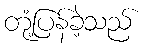
တုံ့ပြန်ခဲ့သည်